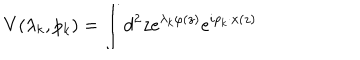
V ( \lambda _ { k } , p _ { k } ) = \int d ^ { 2 } z e ^ { \lambda _ { k } \varphi ( z ) } e ^ { i p _ { k } \cdot x ( z ) }